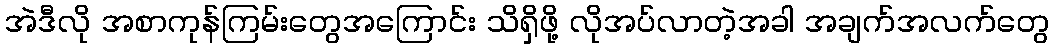
အဲဒီလို အစာကုန်ကြမ်းတွေအကြောင်း သိရှိဖို့ လိုအပ်လာတဲ့အခါ အချက်အလက်တွေ